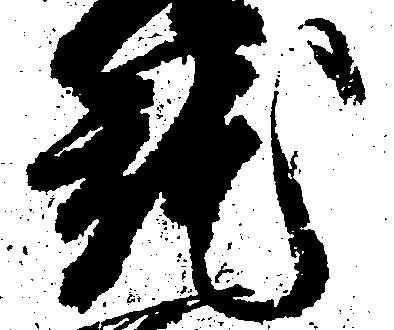
就